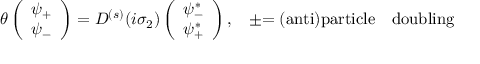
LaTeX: \theta \left( \begin{array} { c } { { \psi _ { + } } } \\ { { \psi _ { - } } } \end{array} \right) = D ^ { ( s ) } ( i \sigma _ { 2 } ) \left( \begin{array} { c } { { \psi _ { - } ^ { * } } } \\ { { \psi _ { + } ^ { * } } } \end{array} \right) , \, \, \, \, \, \pm \mathrm { = ( a n t i ) p a r t i c l e \thinspace ~ \thinspace ~ d o u b l i n g }